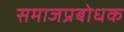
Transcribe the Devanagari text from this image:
समाजप्रबोधक